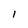
Character: I